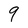
Character: 9